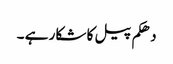
دھکم پیل کا شکار ہے ۔